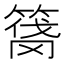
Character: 𰪑